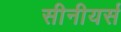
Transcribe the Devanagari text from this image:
सीनीयर्स